Annual report of the Bengal Veterinary College, and of the Civil Veterinary Department, Bengal, for the year 1901-1902 - 1901-1902
Year: 1901
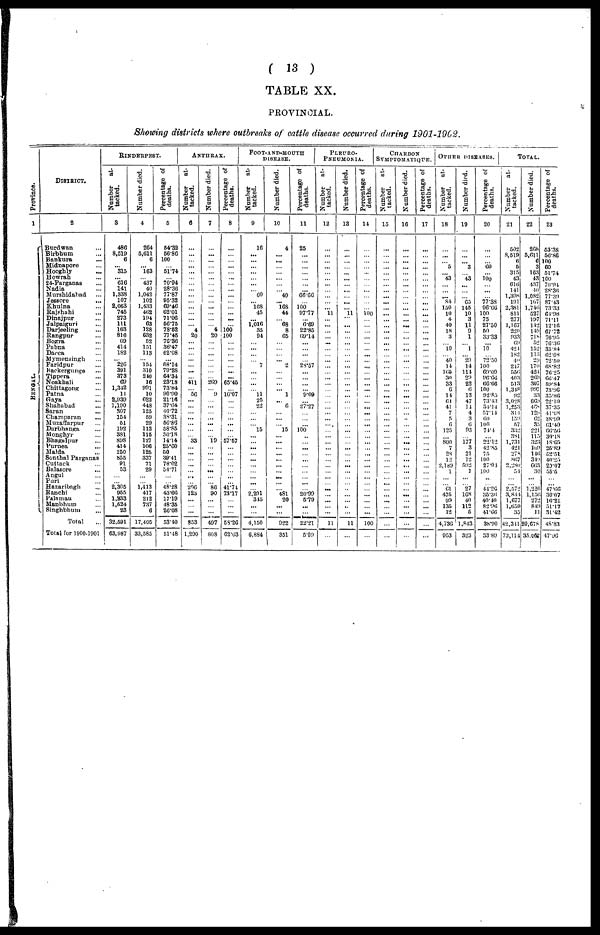
( 13 )
TABLE XX.
PROVINCIAL.
Showing districts where outbreaks of cattle disease occurred during 1901-1902.
Province.
1
BENGAL.
DISTRICT.
3
Burdwan ...
Birbhum ...
Bankura ...
Midnapore ...
Hooghly ...
Howrah ...
24-Parganas ...
Nadia ...
Murshidabad ...
Jessore ...
Khulna ...
Rajshahi ...
Dinajpur ...
Jalpaiguri ...
Darjeeling ...
Rangpur ...
Bogra ...
Pabna ...
Dacca ...
Mymensingh ...
Faridpur ...
Backergunge ...
Tippera ...
Noakhali ...
Chittagong ...
Patna ...
Gaya ...
Shahabad ...
Saran ...
Champaran ...
Muzaffarpur ...
Darbhanga ...
Monghyr ...
Bhagulpur ...
Purnea ...
Malda ...
Sonthal Parganas
Cuttack ...
Balasore
...
Angul ...
Puri ...
Hazaribogh ...
Ranchi ...
Palamau ...
Manbhum ...
Singhbhum ...
Total ...
Total for 1900-1901
RINDERPEST.
Number
at-
tacked.
3
486
8,519
6
...
315
...
616
141
1,338
107
2,063
745
273
111
163
816
69
414
182
...
226
391
373
60
1,342
11
2,939
1,190
307
154
51
192
381
898
414
250
855
91
53
...
2,305
955
1,233
1,624
23
32,591
63,987
Number died.
4
264
5,611
6
...
163
...
"437
40
1,042
102
1,433
462
194
63
128
632
52
151
113
...
154
310
240
16
991
10
622
448
125
59
29
113
115
127
106
125
337
71
29
...
1,413
417
212
737
6
17,405
33,585
Percentage of
deaths.
5
54.32
56.86
100
...
51.74
...
70.94
28.36
77.87
95.32
69.46
6201
71.06
56.75
78.52
77.45
76.36
36.47
62.08
...
68.14
79.28
64.34
23.18
73.84
90.90
21.16
37.64
40.72
38.31
56.86
58.85
30.18
14-14
25.60
50
39.41
78.02
54.71
...
48.28
43.66
17.19
18.35
26.08
53.10
51.48
Anthrax.
Number
at-
tacked.
6
...
...
...
...
...
...
...
...
...
...
...
...
...
...
4
20
...
...
...
...
...
...
...
411
...
56
...
...
...
...
...
...
...
33
...
...
...
...
...
...
296
123
...
...
...
853
1,290
Number died.
7
...
...
...
...
...
...
...
...
...
...
...
...
...
...
4
20
...
...
...
...
...
...
...
269
...
9
...
...
...
...
...
...
...
19
...
...
...
...
...
...
86
90
...
...
...
497
808
Percentage of
deaths.
8
...
...
...
...
...
...
...
...
...
...
...
...
...
...
100
100
...
...
...
...
...
...
...
65.45
...
16.07
...
...
...
...
...
...
...
57.57
...
...
...
...
...
...
4.74
73.17
...
...
...
58.26
62.63
FOOT-AND-MOUTH
DISEASE.
Number
at-
tacked.
9
16
...
...
...
...
...
...
...
60
...
168
45
...
1,016
35
94
...
...
...
...
7
...
...
...
...
11
25
22
...
...
15
...
...
...
...
...
...
...
...
...
2,291
345
...
...
4,150
6,884
Number died.
10
4
...
...
...
...
...
...
...
40
... 168
44
...
68 8
65
...
...
...
...
2
...
...
...
...
1
... 6
...
...
...
15
...
...
...
...
...
...
...
...
...
481
20
...
...
922
351
Percentage of
deaths.
11
25
...
...
...
...
...
...
...
66.66
...
100
97.77
...
6.69
22.85
69.14
...
...
...
...
28.57
...
...
...
...
9.09
...
27.27
...
...
...
100
..
...
...
...
...
...
...
...
...
20.99
5.79
...
...
22.21
5.09
Pleuro-
Pneumonia.
Number
at-
tacked.
12
...
...
...
...
...
...
...
...
...
...
...
11
...
...
...
...
...
...
...
...
...
...
...
...
...
...
...
...
...
...
...
...
...
...
...
...
...
...
...
...
...
...
...
...
...
11
...
Number died.
13
...
...
...
...
...
...
...
...
...
...
...
11
...
...
...
...
...
...
...
...
...
...
...
...
...
...
...
...
...
...
...
...
...
...
...
...
...
...
...
...
...
...
...
...
...
11
...
Percentage of
deaths.
i
14
...
...
...
...
...
...
...
...
...
...
...
100
...
...
...
...
......
...
...
...
...
...
...
...
...
...
...
...
...
...
...
...
...
...
...
...
...
...
...
...
...
...
...
...
...
100
...
CHTARBON
Symptomatique.
Number
at-
tacked.
15
...
...
...
...
...
...
...
...
...
...
...
...
...
...
...
...
...
...
...
...
...
...
...
...
...
...
...
...
...
...
...
...
...
...
...
...
...
...
...
...
...
...
...
...
...
...
...
Number died.
16
...
...
...
...
...
...
...
...
...
...
...
...
...
...
...
...
...
...
...
...
...
...
...
...
...
...
...
...
...
..
...
...
...
...
...
...
...
...
...
...
...
...
...
...
...
...
...
Percentage of
deaths.
17
...
...
...
...
...
...
...
...
...
...
...
...
...
...
...
...
...
...
...
...
...
...
...
...
...
...
...
...
...
...
...
...
...
...
...
...
...
...
...
...
...
...
...
...
...
...
...
Other diseases.
Number
at-
tacked.
18
...
...
...
5
...
43
...
...
... 84
150
10
4
40
18
3
...
10
...
40
14
165
30
33
6
14
61
41
7
5
6
125
...
800
7
28
12
2,189
1
...
61
475
99
135
12
4,736
953
Number died.
19
...
...
...
3
...
43
...
...
...
65
145
10
3
11
9
1
...
1
...
29
14
114
29
22
6
13
47
14
4
3
(i
93
...
177
3
21
12
592
1
...
27
168
40
112
5
1,843
323
Percentage of
deaths.
20
...
...
...
60
...
100
...
...
...
77.38
96.66
100
75
27.50
50
33.33
...
10
...
72.50
100
69.09
96.66
66.66
100
92.85
73.43
31.14
57.14
60
100
74.4
...
22.12
42.85
75
100
27.04
100
...
44.26
35.36
40.40
82.96
41.66
38.90
3389
Total.
Number
at-
tacked.
21
502
8,519
6
5
315
43
610
141
1,398
191
2,381
811
277
1,167
220
933
69
424
182
40
247
550
403
513
1,348
92
3,028
1,253
314
159
57
332
381
1,731
421
278
807
2,280
54
...
2,572
3,844
1,677
1,659
35
43,311
73,114
Number died.
22
268
5,611
C
3
163
43
437
40
1,082
167
1,746
527
197
142
149
718
52
152
113
29
170
424
269
307
997
33
669
468
129
62
35
221
115
323
169
146
349
663
30
...
1,226
1,156
272
84!
11
20,678
35,067
Percentage of
deaths.
23
53.38
56.86
100
60
51.74
100
70.94.
28.36
77.39
87.43
7333
61.98
71.11
12.16
67.72
76.95
76.36
35.84
62.08
72.50
68.82
7625
6647
59.84
73.96
35.86
22.10
37.35
41.08
38.99
61.40
66.56
30.18
18.65
25.89
52.51
40.25
29.07
55.5
...
47.66
30.07
16.21
51.17
31.42
48.83
47.96